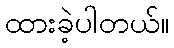
ထားခဲ့ပါတယ်။